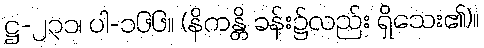
ဋ္ဌ-၂၃၁၊ ပါ-၁၆၆။ (နိကန္တိ ခန်း၌လည်း ရှိသေး၏)။